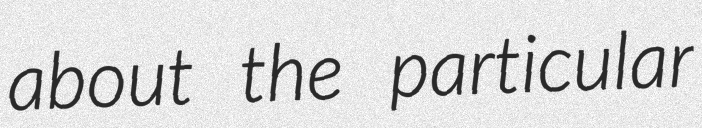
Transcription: about the particular